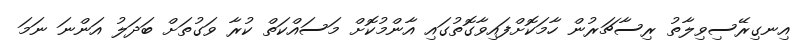
އިނގިރޭސިވިލާތު ރިސާޗަރުން ހާމަކޮށްފައިވާގޮތުގައި އާންމުކޮށް މަސައްކަތް ކުރާ ވަގުތަށް ބަދަލު އަންނަ ނަމަ